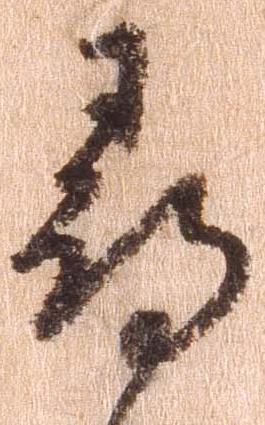
尋